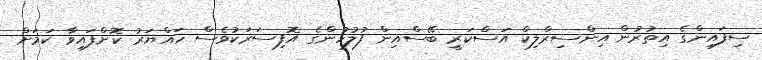
ސިފައިންގެ އިތުރުން އިންސިރްލިކް އަސްކަރީ ބޭސްއިން ފުލުހުންގެ އޮފިސަރަކުވެސް ހައްޔަރު ކޮށްފައިވާ ކަމަށް